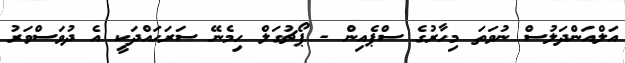
އަލްއަންދަލުސް ނުވަތަ މިހާރުގެ ސްޕެއިން - ޕޯޗުގަލް ހިމެނޭ ސަރަހައްދަކީ އެ ދުވަސްވަރު